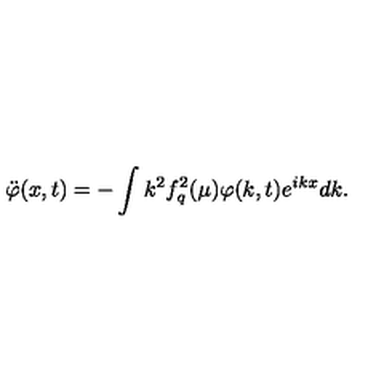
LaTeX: \ddot { \varphi } ( x , t ) = - \int k ^ { 2 } f _ { q } ^ { 2 } ( \mu ) \varphi ( k , t ) e ^ { i k x } d k .